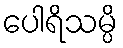
ပေါရိသမ္ပိ